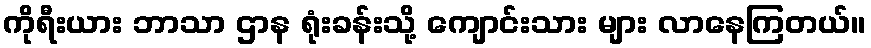
ကိုရီးယား ဘာသာ ဌာန ရုံးခန်းသို့ ကျောင်းသား များ လာနေကြတယ်။